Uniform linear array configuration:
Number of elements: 16
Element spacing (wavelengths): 1
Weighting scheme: kaiser
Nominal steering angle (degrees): -30
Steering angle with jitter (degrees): -28.477
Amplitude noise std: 0.05
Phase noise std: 0.05

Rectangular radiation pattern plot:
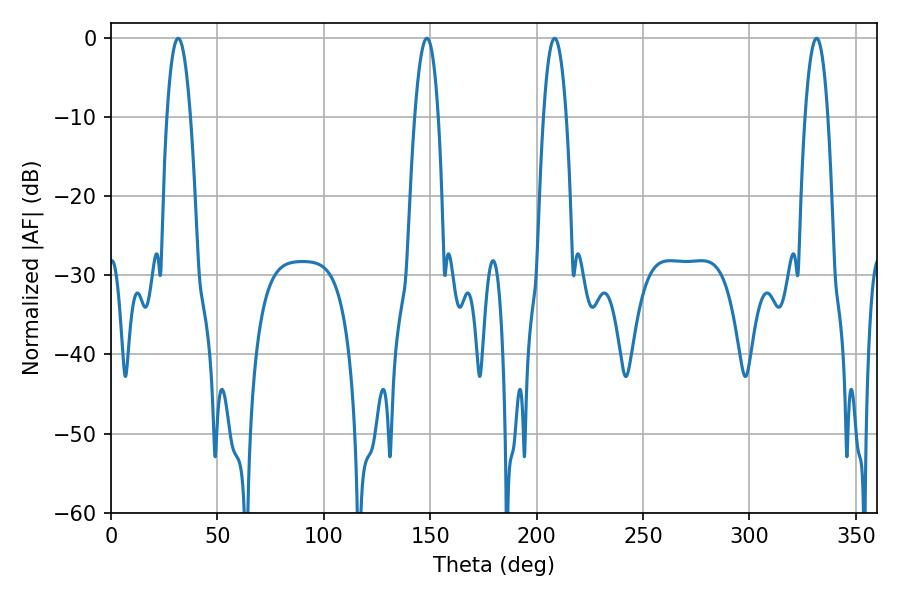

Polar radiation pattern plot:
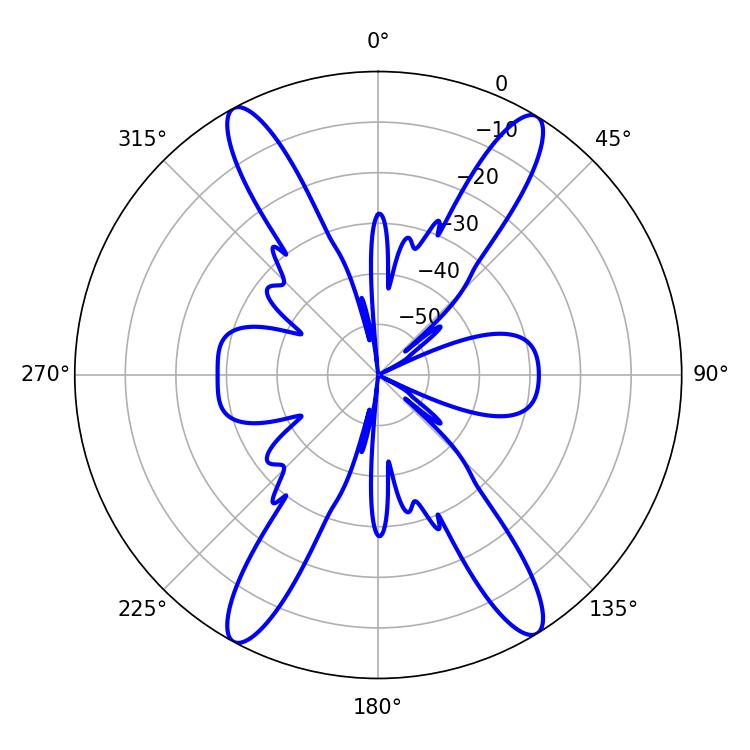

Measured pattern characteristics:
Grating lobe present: TRUE
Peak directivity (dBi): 21.499
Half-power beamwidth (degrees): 5.94
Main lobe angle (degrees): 331.56